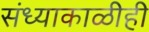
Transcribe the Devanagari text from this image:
संध्याकाळीही